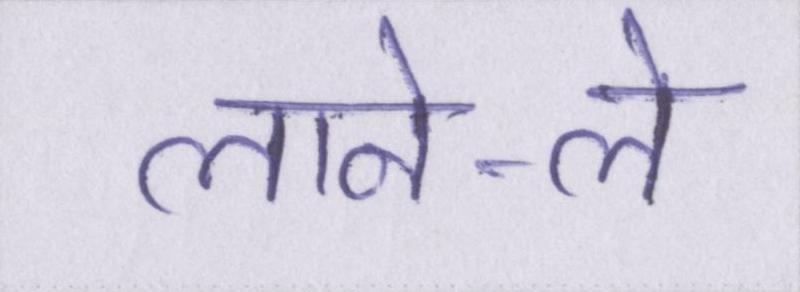
लाने-ले